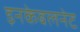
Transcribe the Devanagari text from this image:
इनकेबलनेट